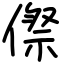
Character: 傺